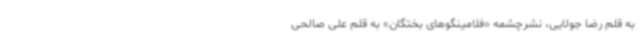
به قلم رضا جولایی، نشرچشمه «فلامینگوهای بختگان» به قلم علی صالحی